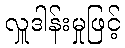
လှူဒါန်းမှုဖြင့်